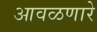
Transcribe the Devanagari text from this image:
आवळणारे